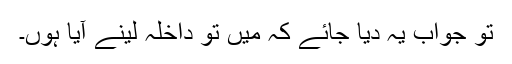
تو جواب یہ دیا جائے کہ میں تو داخلہ لینے آیا ہوں۔